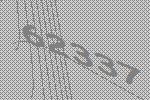
62337